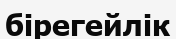
бірегейлік